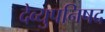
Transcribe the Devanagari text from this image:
देव्युपनिषद